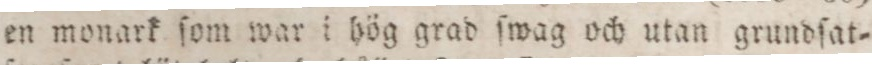
en monark ſom war i hög grad ſwag och utan grundſat=